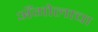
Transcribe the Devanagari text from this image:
अँगोलाचा